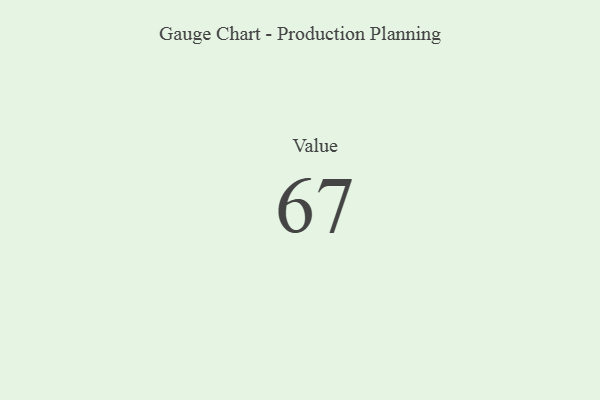
{"axis": {"x": "Metric", "y": "Value"}, "legend": [""], "data": [{"x": "Value", "y": 67, "type": ""}]}